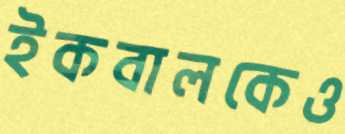
ইকবালকেও